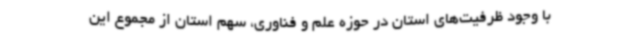
با وجود ظرفیت‌های استان در حوزه علم و فناوری، سهم استان از مجموع این